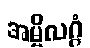
အမ္ဗိလဂ္ဂံ